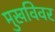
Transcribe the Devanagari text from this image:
मुखविवर